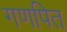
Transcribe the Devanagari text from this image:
गणपित